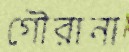
গৌরানা